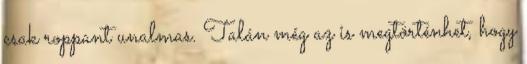
csak roppant unalmas. Talán még az is megtörténhet, hogy